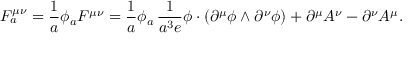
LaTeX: { \cal F } _ { a } ^ { \mu \nu } = \frac { 1 } { a } \phi _ { a } { \cal F } ^ { \mu \nu } = \frac { 1 } { a } \phi _ { a } \, \frac { 1 } { a ^ { 3 } e } \phi \cdot ( \partial ^ { \mu } \phi \wedge \partial ^ { \nu } \phi ) + \partial ^ { \mu } A ^ { \nu } - \partial ^ { \nu } A ^ { \mu } .